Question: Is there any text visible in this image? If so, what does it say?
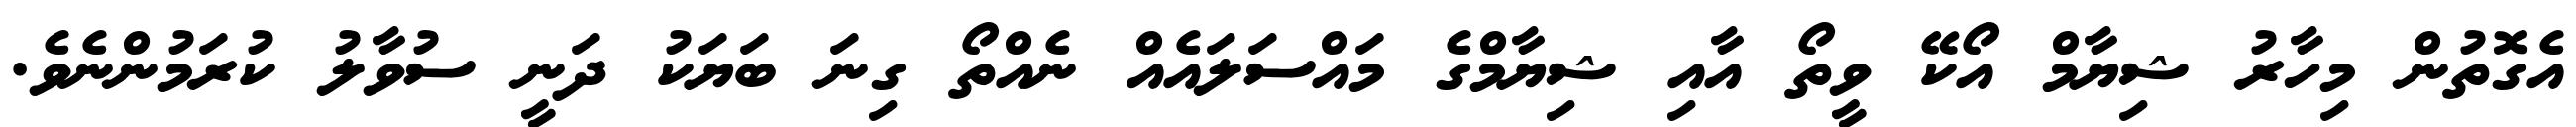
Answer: އެގޮތުން މިހާރު ޝިޔާމް އޯކޭ ވީތޯ އާއި ޝިޔާމްގެ މައްސަލައެއް ނެއްތޯ ގިނަ ބަޔަކު ދަނީ ސުވާލު ކުރަމުންނެވެ.